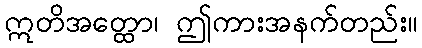
ဣတိအတ္ထော၊ ဤကားအနက်တည်း။